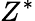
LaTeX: Z^{\ast}